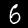
Digit: 6